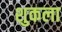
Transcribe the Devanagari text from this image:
शुकला